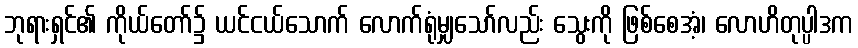
ဘုရားရှင်၏ ကိုယ်တော်၌ ယင်ငယ်သောက် လောက်ရုံမျှသော်လည်း သွေးကို ဖြစ်စေအံ့၊ လောဟိတုပ္ပါဒက